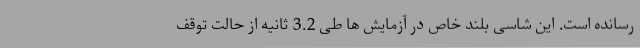
رسانده است. این شاسی بلند خاص در آزمایش ها طی 3.2 ثانیه از حالت توقف